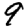
Digit: 9